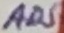
Text: AD5